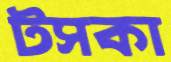
টসকা